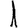
Digit: 1